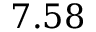
7 . 5 8